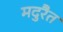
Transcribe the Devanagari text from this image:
मदुरैत